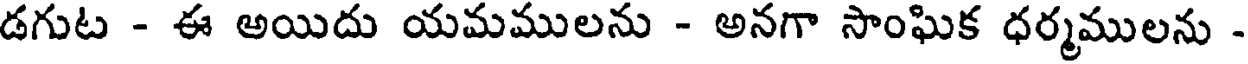
డగుట - ఈ అయిదు యమములను - అనగా సాంఘిక ధర్మములను -